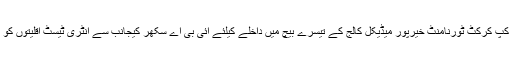
صدر ڈسٹرکٹ بار ابراہیم تیسرا ترک پلاسٹ ویٹرنز گولڈ کپ کرکٹ ٹورنامنٹ خیرپور میڈیکل کالج کے تیسرے بیچ میں داخلے کیلئے آئی بی اے سکھر کیجانب سے انٹری ٹیسٹ اقلیتوں کو پاکستان میں مکمل تحفظ اور سہولیات فراہم کی جاتی ہیں۔